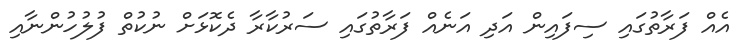
އެއް ފަރާތުގައި ސިފައިން އަދި އަނެއް ފަރާތުގައި ސަރުކާރާ ދެކޮޅަށް ނުކުތް ފުލުހުންނާއި